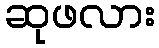
ဆုဖလား